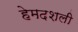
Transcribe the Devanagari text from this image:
हेमदशली